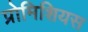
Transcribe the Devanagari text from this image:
प्रोमिशियस